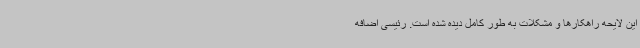
این لایحه راهکارها و مشکلات به طور کامل دیده شده است. رئیسی اضافه